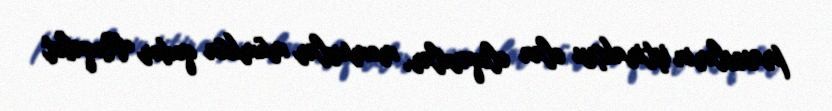
proseslərin iştirakçısı olan oliqarxlar, məmurlar mümkün qədər Rəqabət